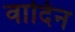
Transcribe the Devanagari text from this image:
वादिन